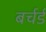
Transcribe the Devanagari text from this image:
बर्चर्ड